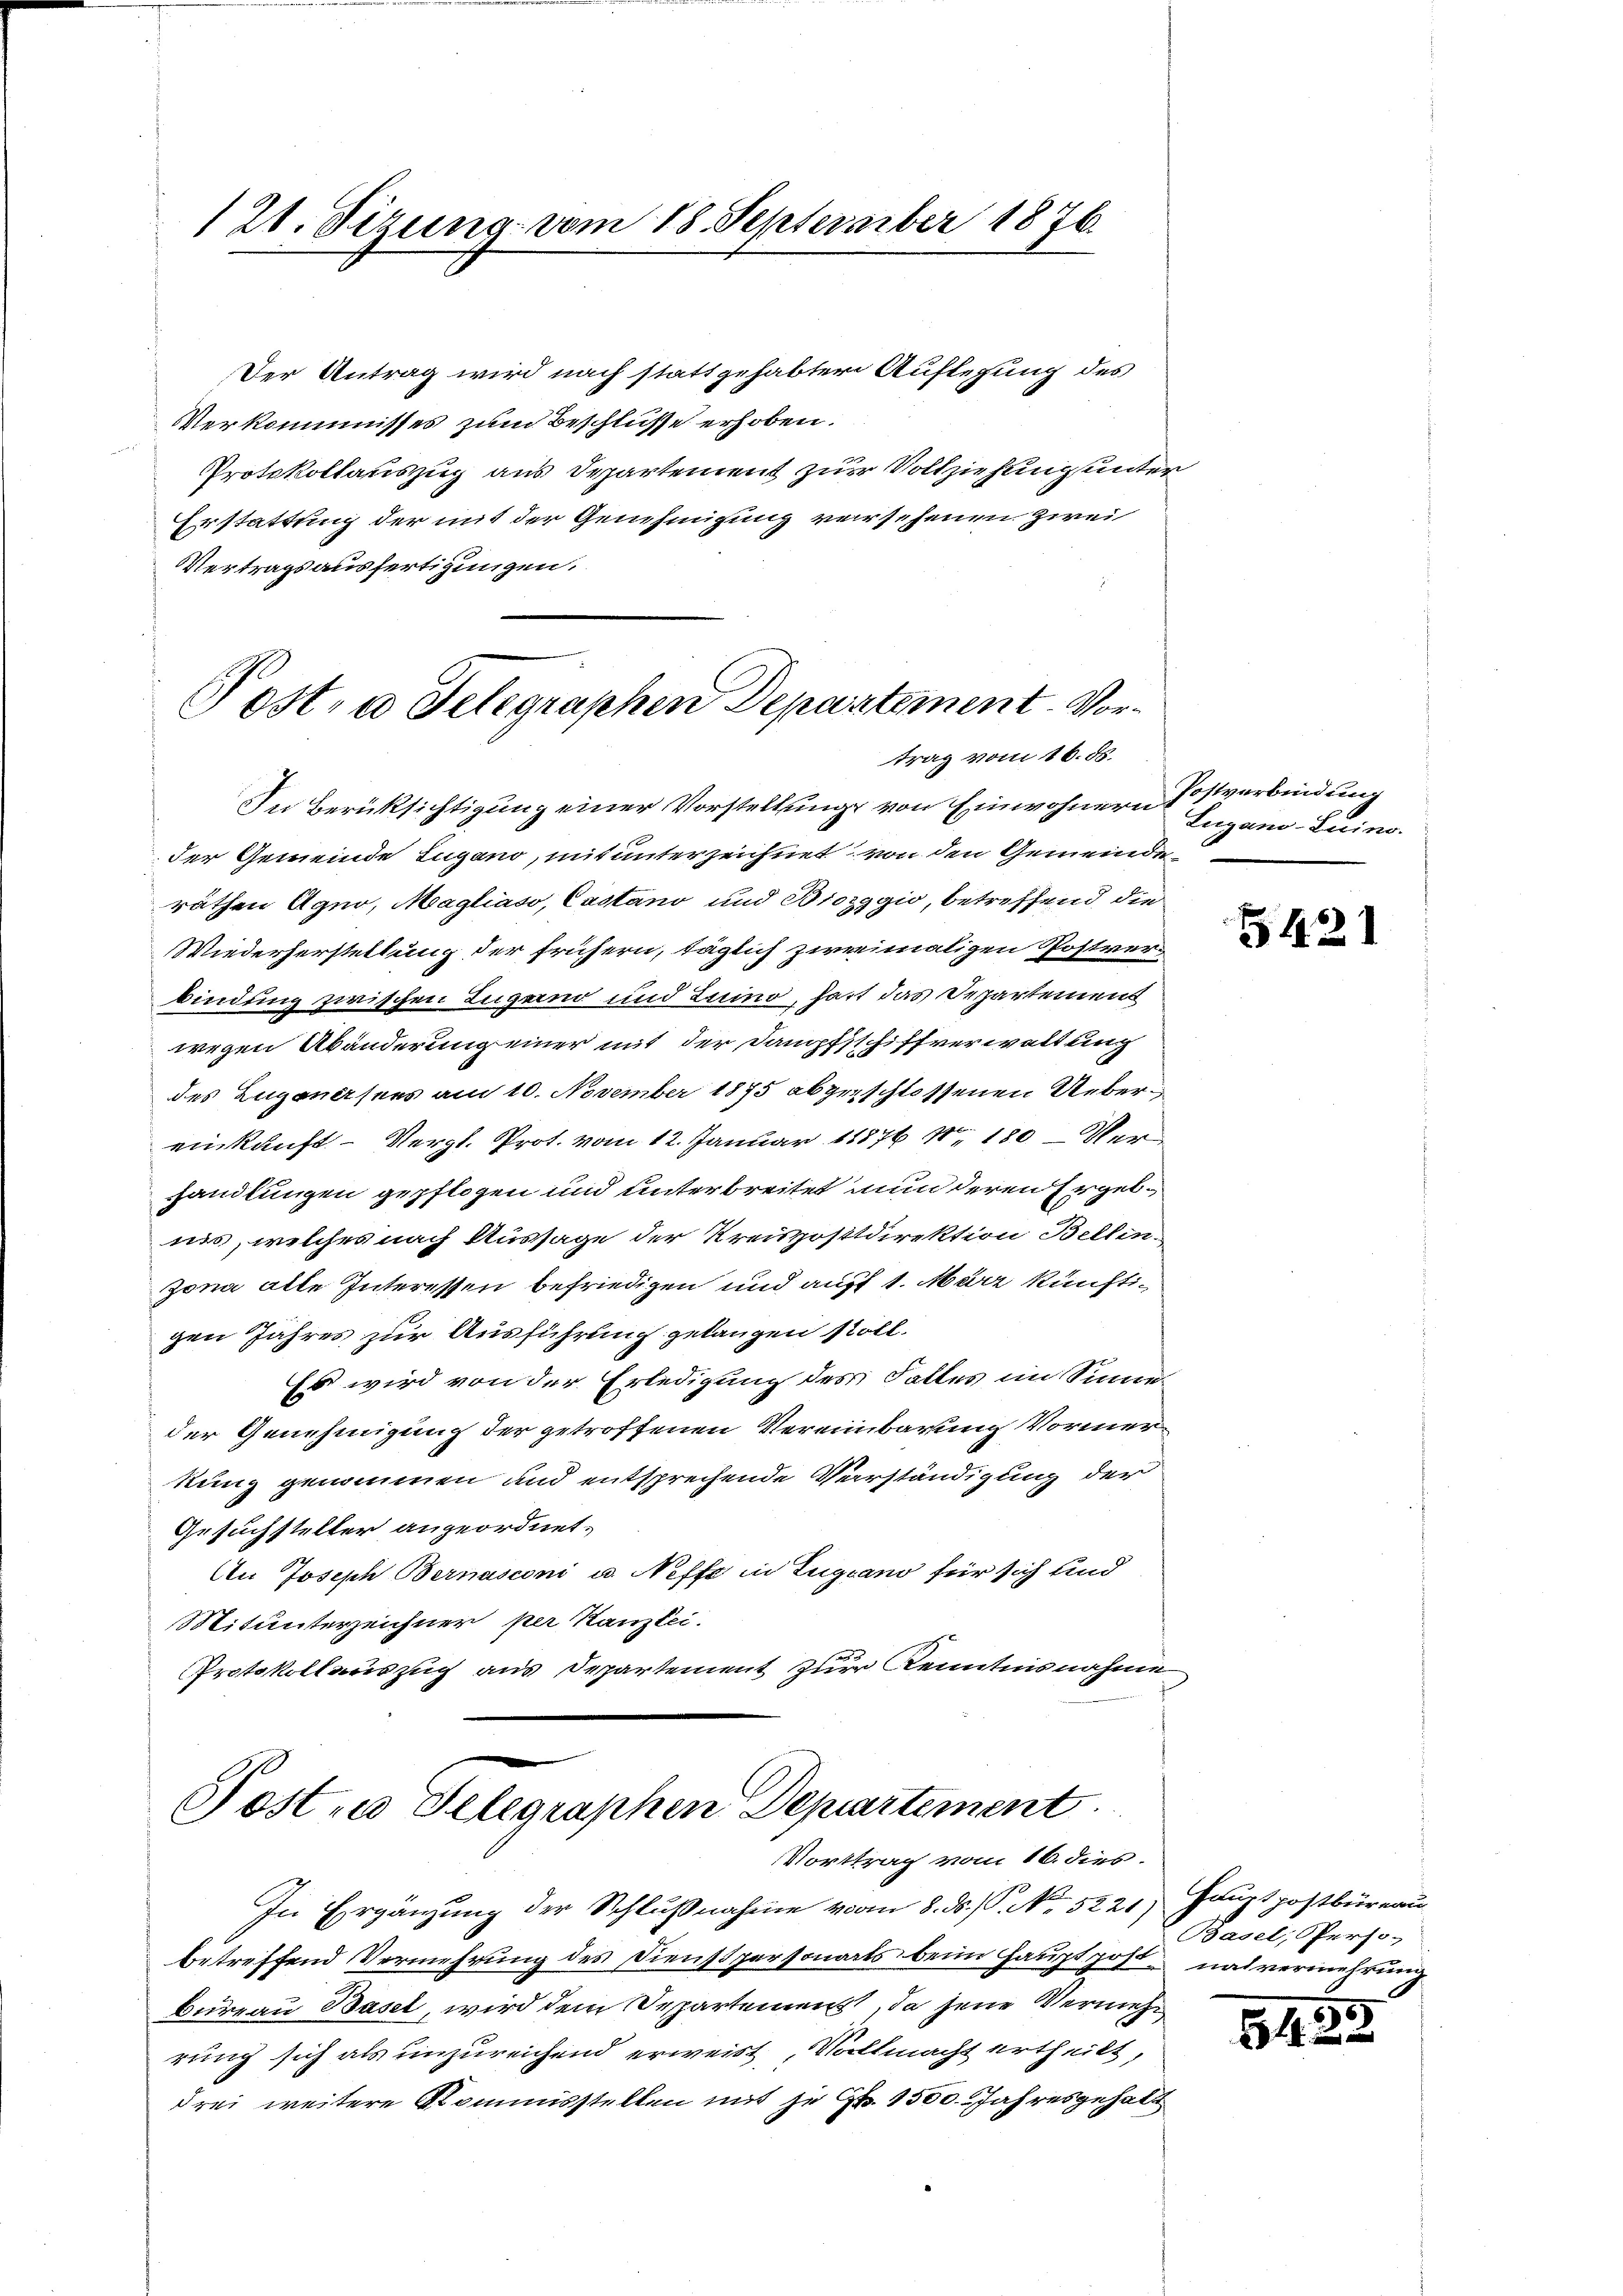
121. Sizung vom 18. September 1876.

Der Antrag wird nach stattgehabter Auflegung des
Verkommisses zum Beschlüsse erhoben.
Protokollauszug aus Departement zur Vollziehung unter
Erstattung der mit der Genehmigung versehenen Zwei
Vertragsausfertigungen.

Post- u Gelegraphen Departement. Vortrag vom 16. ds.

Post zu Gelegraphen Departement
Vorttrag vom 16. dies

In Ergänzung der Schlußnahme vom 8. ds. S. No 5221) Hauptpostbüreau
betreffend Vermehrung des Dienstpersonats beim Hauptpost nah vermehrung
Bureau Basel, wird dem Separtement, da jene Vermehr
rung sich als unzureichend erweist, Vollmacht ertheilt,
drei weitere Kommisstellen mit je Fr. 1500. Jahresgehalt

Lugano-Luino.

In Berüksichtigung einer Vorstellung von Einwohnern Postverbindung
der Gemeinde Lugano, mit unterzeichnet von den Gemeinderäthen Agno, Magliaso, Castand und Biozggio, betreffend die
Wiederherstellung der frühern, täglich zweimaligen Postrerbindung zwischen Lugano und Luino, hart das Departement
wegen Abänderung einer mit der Dampfschiffverwaltung
des Eugensees am 10. November 1875 abgeschlossenen Uebereinkunft- Vergl. Prot. vom 12. Januar 18876 N. 180 Ver
handlungen gepflogen und unterbreitet nun deren Ergebiis, welches nach Aussage der Kreispostdirektion Bellen
zona alle Interessen befriedigen und auff 1. März künftigen Jahres zur Ausführung gelangen soll.
Es wird von der Erledigung des Falles im Sinne
der Genehmigung der getroffenen Vereinbarung Vormerkung genommen und entsprechende Verständigung der
Gesuchsteller angeordnet.
An Joseph Bernasconi u. Neffe in Lugano für sich und
Mitunterzeichner per Kanzlei.
Protokollauszug aus Departement zur Kenntnisnahme

421

Basel, Perso-

5.